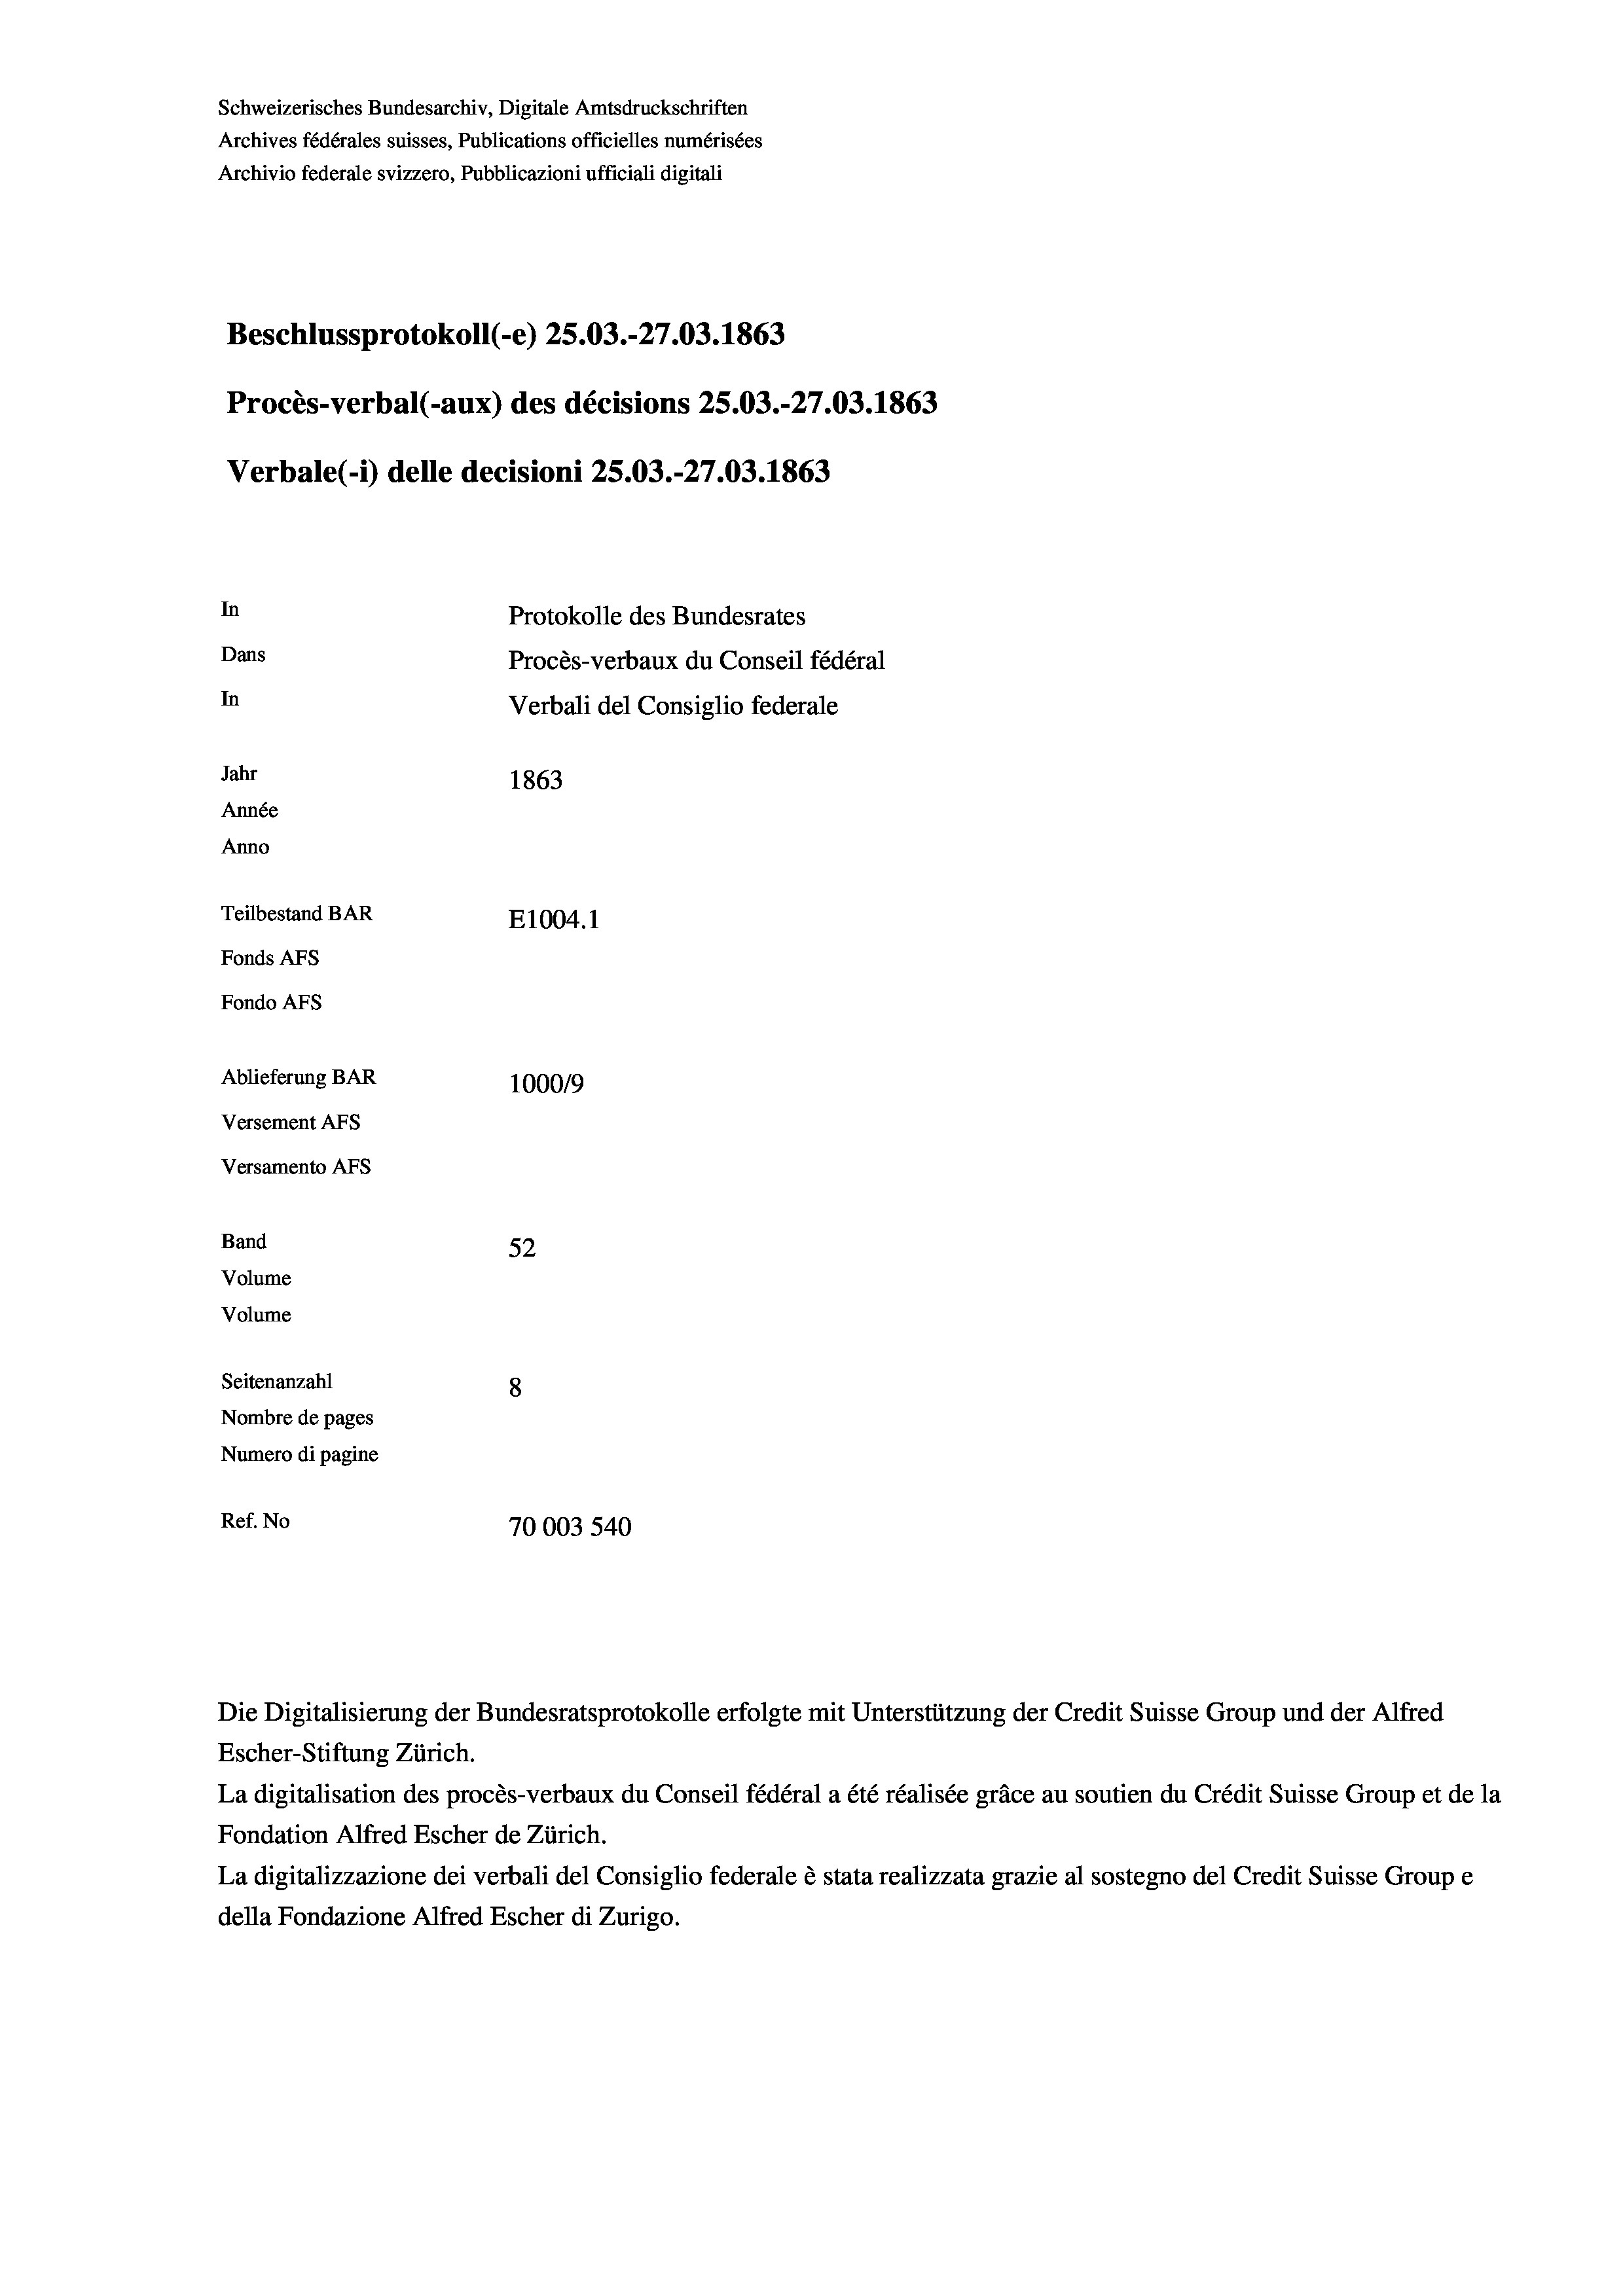
Schweizerisches Bundesarchiv, Digitale Amtsdruckschriften
Archives fédérales suisses, Publications officielles numérisées
Archivio federale svizzero, Pubblicazioni ufficiali digitali
Beschlussprotokoll (-e) 25.03.-27.03. 1863
Procès-verbal (-aux) des décisions 25.03.-27.03. 1863
Verbale (- 1) delle decisioni 25.03.-27.03. 1863
In
Protokolle des Bundesrates
Dans
Procès-verbaux du Conseil fédéral
In
Verbali del Consiglio federale
Jahr
1863
Année
Anno
Teilbestand BAR
E1004.1
Fonds AFs
Fondo AFs
Ablieferung BAR
100019
Versement As
Versamento AFs
Band
52
Volume
Volume
Seitenanzahl
8
Nombre de pages
Numero di pagine
Ref. No
70003 540

Escher-Stiftung Zürich.
La digitalisation des procès-verbaux du Conseil fédéral a été réalisée gräce au soutien du Crédit Suisse Group et de la
Fondation Alfred Escher de Zürich.
La digitalizzazione dei verbali del Consiglio federale è stata realizzata grazie al sostegno del Credit Suisse Groupe
della Fondazione Alfred Escher di Zurigo.

Die Digitalisierung der Bundesratsprotokolle erfolgte mit Unterstützung der Credit Suisse Group und der Alfred